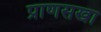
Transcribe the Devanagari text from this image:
प्राणसखा